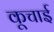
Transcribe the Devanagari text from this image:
कूचाई